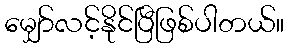
မျှော်လင့်နိုင်ပြီဖြစ်ပါတယ်။